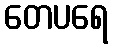
တေပရေ